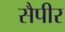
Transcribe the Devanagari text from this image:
सैपीर